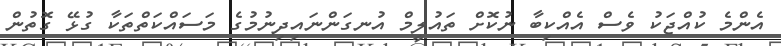
އެންމެ ކުއްޖަކު ވެސް އެއްކިބާ ނުކޮށް ތައުލީމް އުނގަންނައިދިނުމުގެ މަސައްކަތްތަކާ ގުޅޭ ގޮތުން